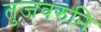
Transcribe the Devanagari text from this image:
तुजवरुनि